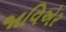
જાવિએર